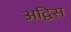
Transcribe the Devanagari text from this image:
अद्विस